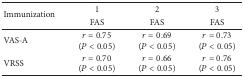
<table><thead><tr><td rowspan="2"><b>Immunization</b></td><td><b>1</b></td><td><b>2</b></td><td><b>3</b></td></tr><tr><td><b>FAS</b></td><td><b>FAS</b></td><td><b>FAS</b></td></tr></thead><tbody><tr><td>VAS-A</td><td><i>r</i> = 0.75 (<i>P</i> &lt; 0.05)</td><td><i>r</i> = 0.69 (<i>P</i> &lt; 0.05)</td><td><i>r</i> = 0.73 (<i>P</i> &lt; 0.05)</td></tr><tr><td>VRSS</td><td><i>r</i> = 0.70 (<i>P</i> &lt; 0.05)</td><td><i>r</i> = 0.66 (<i>P</i> &lt; 0.05)</td><td><i>r</i> = 0.76 (<i>P</i> &lt; 0.05)</td></tr></tbody></table>